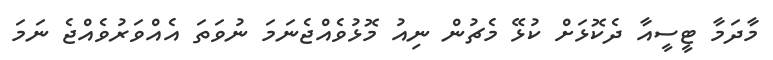
މާދަމާ ޓީސީއާ ދެކޮޅަށް ކުޅޭ މެޗުން ނިއު މޮޅުވެއްޖެނަމަ ނުވަތަ އެއްވަރުވެއްޖެ ނަމަ